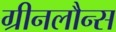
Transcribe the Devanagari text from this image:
ग्रीनलौन्स